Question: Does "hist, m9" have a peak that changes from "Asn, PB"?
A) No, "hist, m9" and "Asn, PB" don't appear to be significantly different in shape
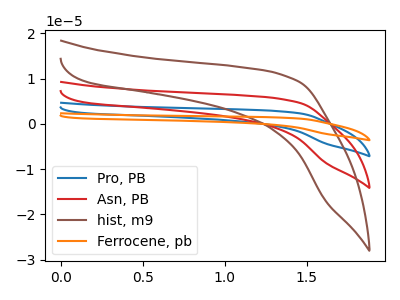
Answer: <think>The blue curve "Pro, PB" has no peaks. The red curve "Asn, PB" has no peaks. The brown curve "hist, m9" has no peaks. The orange curve "Ferrocene, pb" has no peaks.
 Neither "hist, m9" or "Asn, PB" have any peaks.</think>
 <answer>A) No, "hist, m9" and "Asn, PB" don't appear to be significantly different in shape</answer>
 <eval>A</eval>